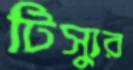
টিস্যুর